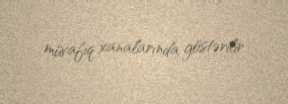
müvafiq xanalarında göstərilir.